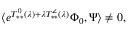
\langle e ^ { T _ { * * } ^ { 0 } ( \lambda ) + \lambda T _ { * * } ^ { \angle } ( \lambda ) } \Phi _ { 0 } , \Psi \rangle \neq 0 ,